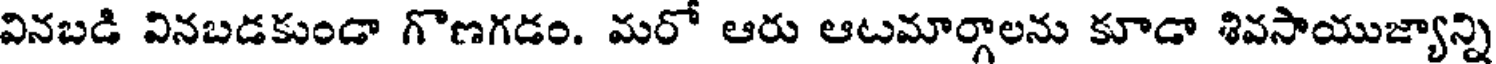
వినబడి వినబడకుండా గొణగడం. మరో ఆరు ఆటమార్గాలను కూడా శివసాయుజ్యాన్ని